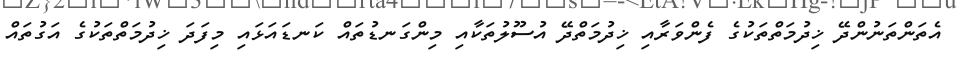
އެތަންތަނުންދޭ ޚިދުމަތްތަކުގެ ފެންވަރާއި ޚިދުމަތްދޭ އުސޫލުތަކާއި މިންގަނޑުތައް ކަނޑައަޅައި މިފަދަ ޚިދުމަތްތަކުގެ އަގުތައް